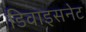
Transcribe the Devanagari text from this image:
डिवाइसनेट